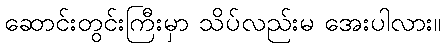
ဆောင်းတွင်းကြီးမှာ သိပ်လည်းမ အေးပါလား။